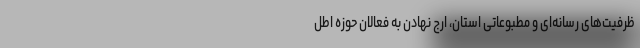
ظرفیت‌های رسانه‌ای و مطبوعاتی استان، ارج نهادن به فعالان حوزه اطل